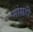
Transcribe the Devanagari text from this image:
मांसही